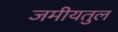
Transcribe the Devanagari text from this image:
जमीयतुल